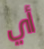
أي